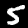
Digit: 5